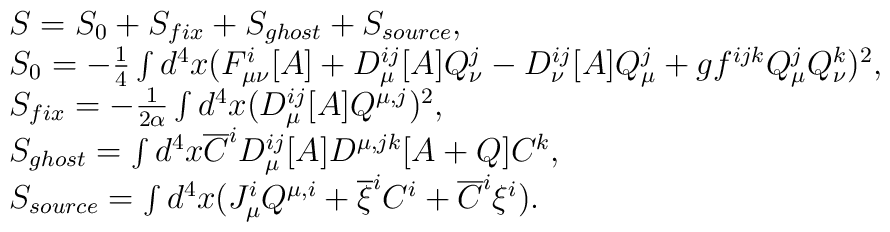
\begin{array}{l}S=S_0+S_{fix}+S_{ghost}+S_{source} ,\\S_0=-\frac 14 \int d^4x (F_{\mu \nu}^i[A]+D_{\mu}^{ij}[A]Q_{\nu}^j-D_{\nu}^{ij}[A]Q_{\mu}^j+gf^{ijk}Q_{\mu}^jQ_{\nu}^k)^2 ,\\S_{fix}=-\frac {1}{2\alpha}\int d^4x (D_{\mu}^{ij}[A]Q^{\mu ,j})^2 ,\\S_{ghost}=\int d^4x \overline{C}^i D_{\mu}^{ij}[A]D^{\mu ,jk}[A+Q]C^k ,\\S_{source}=\int d^4x (J_{\mu}^i Q^{\mu ,i}+\overline{\xi}^i C^i +\overline{C}^i \xi ^i).\end{array}